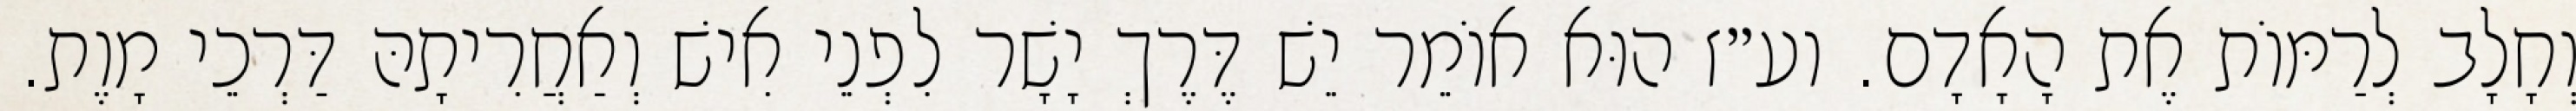
וְחָלָב לְרַמּוֹת אֶת הָאָדָם. וע״ז הוּא אוֹמֵר יֵשׁ דֶּרֶךְ יָשָׁר לִפְנֵי אִישׁ וְאַחֲרִיתָהּ דַּרְכֵי מָוֶת.